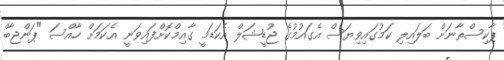
ޕާކިސްތާނަށް ބަލައިލި ކަމުގައިވިޔަސް އެގަަައުމުގެ ޖުޑީޝަލް އެކަޑަމީ ގާއިމްކޮށްފައިވަނީ އެކަމަށް ހާއްސަ "ޕަންޖާބް